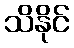
သိနိုင်